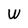
Character: W